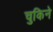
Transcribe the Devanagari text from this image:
चुकिने